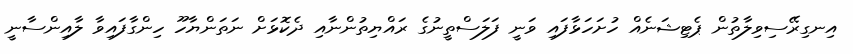
އިނގިރޭސިވިލާތުން ޕެޓިޝަނެއް ހުށަހަޅާފައި ވަނީ ފަލަސްތީނުގެ ރައްޔިތުންނާއި ދެކޮޅަށް ނަތަންޔާހޫ ހިންގާފައިވާ ލާއިންސާނީ